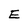
Character: E